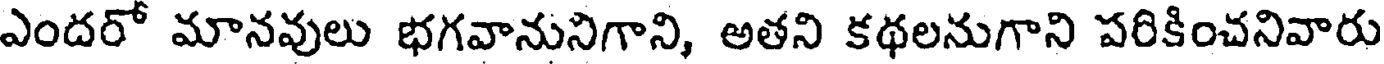
ఎందరో మానవులు భగవానునిగాని, అతని కథలనుగాని పరికించనివారు